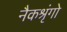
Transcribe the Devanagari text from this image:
नैकश्रृंगो